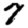
Digit: 7